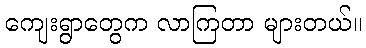
ကျေးရွာတွေက လာကြတာ များတယ်။